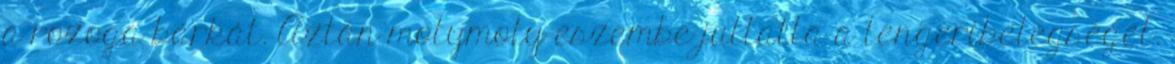
a rozoga bárkát. Aztán motymoty eszembe juttatta a tengeribetegséget.